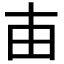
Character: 𤰔